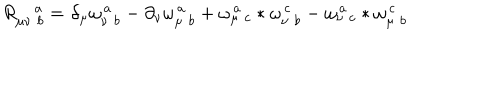
R _ { \mu \nu \, \, b } ^ { \quad a } = \partial _ { \mu } \omega _ { \nu \, \, b } ^ { \, a } - \partial _ { \nu } \omega _ { \mu \, \, b } ^ { \, a } + \omega _ { \mu \, \, c } ^ { \, a } \ast \omega _ { \nu \, \, b } ^ { \, c } - \omega _ { \nu \, \, c } ^ { \, a } \ast \omega _ { \mu \, \, b } ^ { \, c }